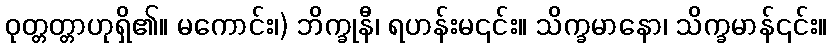
ဝုတ္တတ္တာဟုရှိ၏။ မကောင်း၊) ဘိက္ခုနီ၊ ရဟန်းမ၎င်း။ သိက္ခမာနော၊ သိက္ခမာန်၎င်း။